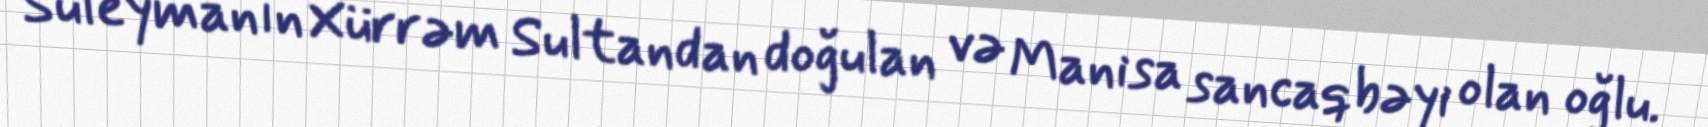
Süleymanın Xürrəm Sultandan doğulan və Manisa sancaqbəyi olan oğlu.